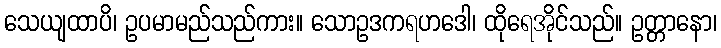
သေယျထာပိ၊ ဥပမာမည်သည်ကား။ သောဥဒကရဟဒေါ၊ ထိုရေအိုင်သည်။ ဥတ္တာနော၊